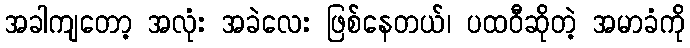
အခါကျတော့ အလုံး အခဲလေး ဖြစ်နေတယ်၊ ပထဝီဆိုတဲ့ အမာခံကို